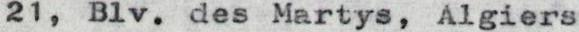
21, Blv. des Martys, Algiers